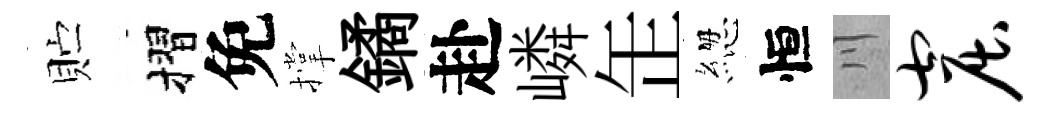
贮摺免撑鐍赴嶙𦈢緫恒川窟